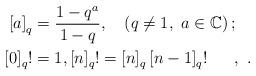
LaTeX: \begin{align*}\left[ a\right] _{q} & =\frac{1-q^{a}}{1-q},\ \ \ \left( q\neq1,\ a\in\mathbb{C}\right) ;\ \ \ \\\ \ \left[ 0\right] _{q}! & =1,\left[ n\right] _{q}!=\left[ n\right]_{q}\left[ n-1\right] _{q}!\ \ \ \ \ ,\ .\end{align*}